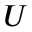
U